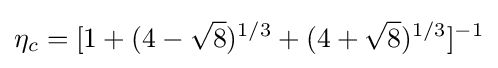
\eta _{c}=[1+(4-{\sqrt {8}})^{1/3}+(4+{\sqrt {8}})^{1/3}]^{-1}